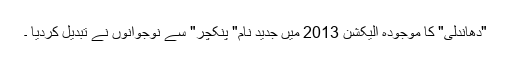
"دھاندلی" کا موجودہ الیکشن 2013 میں جدید نام" پنکچر" سے نوجوانوں نے تبدیل کردیا ۔